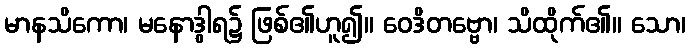
မာနသိကော၊ မနောဒွါရ၌ ဖြစ်၏ဟူ၍။ ဝေဒိတဗ္ဗော၊ သိထိုက်၏။ သော၊